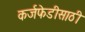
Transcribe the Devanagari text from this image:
कर्जफेडीसाठी